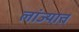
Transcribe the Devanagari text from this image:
लांज्यात